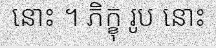
នោះ ។ ភិក្ខុ រូប នោះ